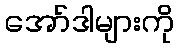
အော်ဒါများကို